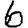
Digit: 6